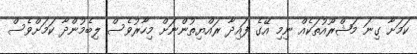
ކަމަށާ ގިނަ މަޝްރޫއުތަކެއް ނިމި އޭގެ ފައިދާ ރައްޔިތުންނަށް މިހާރުވެސް ލިބެމުންދާ ކަމަށްވެސް